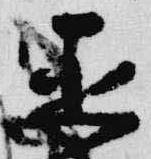
亜